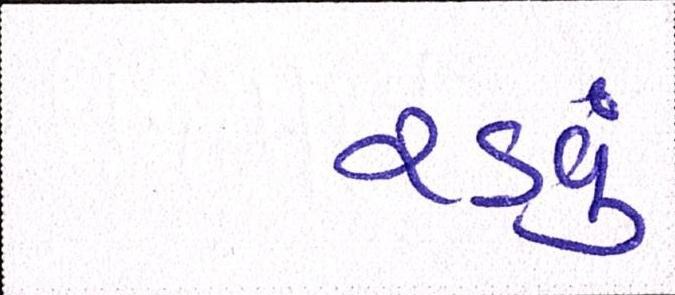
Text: રડવું